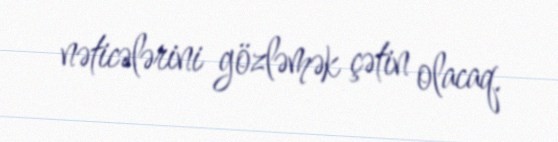
nəticələrini gözləmək çətin olacaq.